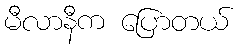
မီလာနီက ပြောတယ်